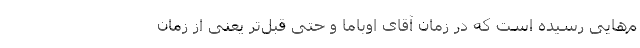
م‌هایی رسیده است که در زمان آقای اوباما و حتی قبل‌تر یعنی از زمان